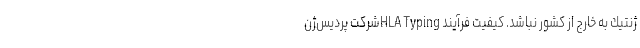
ژنتیك به خارج از كشور نباشد. كیفیت فرآیند HLA Typingشركت پردیس‌ژن